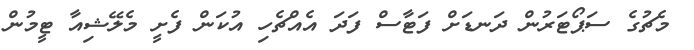
މެޗުގެ ސަޕޯޓަރުން ދަނޑަށް ފަޓާސް ފަދަ އެއްޗެހި އުކަން ފެށީ މެލޭޝިއާ ޓީމުން